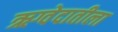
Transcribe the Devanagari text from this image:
ऋग्वेदातीला